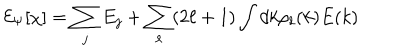
{ \cal E } _ { \Psi } [ \chi ] = \sum _ { j } E _ { j } + \sum _ { \ell } ( 2 \ell + 1 ) \int d k \rho _ { \ell } ( k ) E ( k )